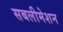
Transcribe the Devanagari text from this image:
सबलीमेशन